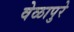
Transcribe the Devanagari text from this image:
वेळापुरे